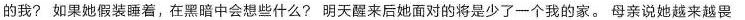
的我?如果她假装睡着，在黑暗中会想些什么?明天醒来后她面对的将是少了一个我的家。母亲说她越来越畏